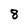
Character: 8